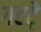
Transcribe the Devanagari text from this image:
गटटे्